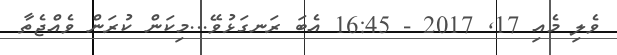
ވެލި މެއި 17